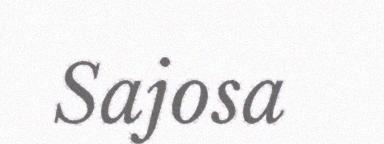
Sajosa